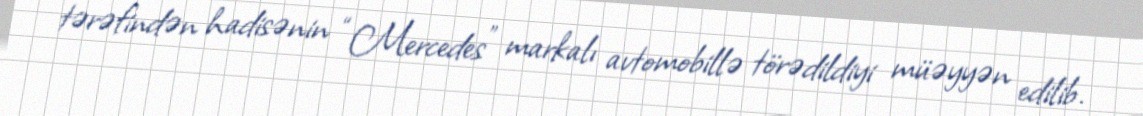
tərəfindən hadisənin “Mercedes” markalı avtomobillə törədildiyi müəyyən edilib.